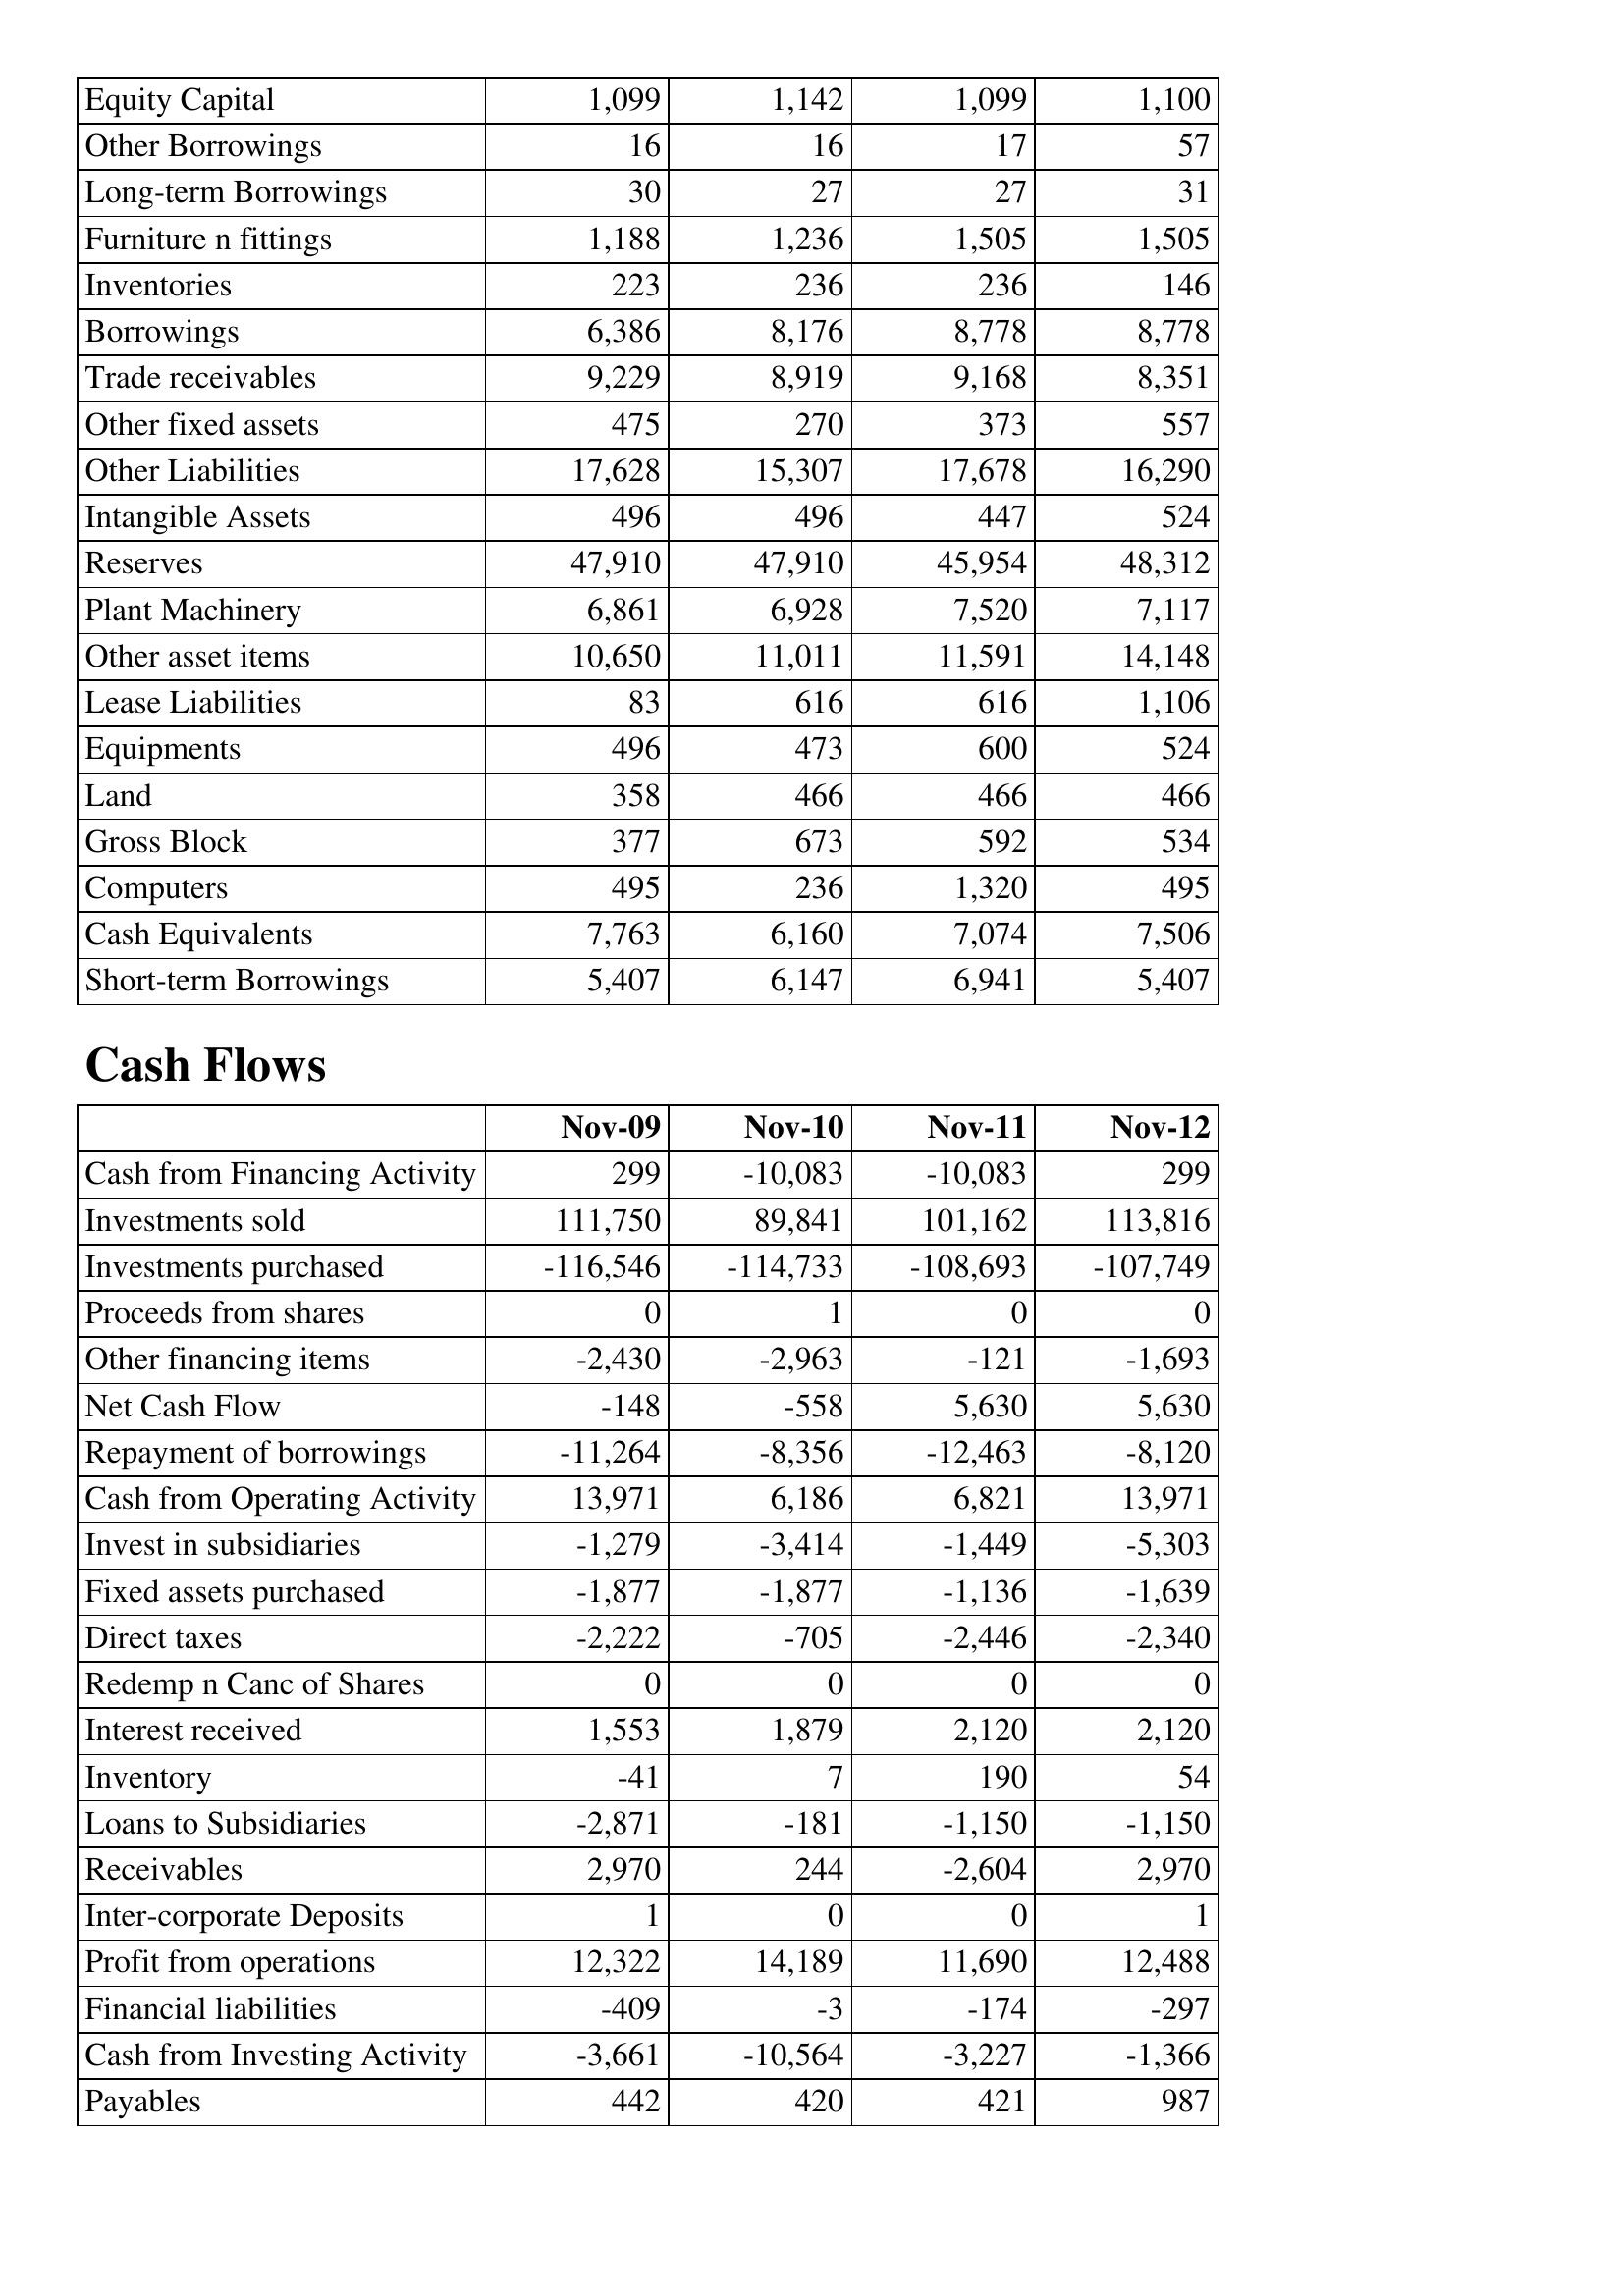
Nov-09: Balance Sheet: Equity Capital: 1,099
Other Borrowings: 16
Long-term Borrowings: 30
Furniture n fittings: 1,188
Inventories: 223
Borrowings: 6,386
Trade receivables: 9,229
Other fixed assets: 475
Other Liabilities: 17,628
Intangible Assets: 496
Reserves: 47,910
Plant Machinery: 6,861
Other asset items: 10,650
Lease Liabilities: 83
Equipments: 496
Land: 358
Gross Block: 377
Computers: 495
Cash Equivalents: 7,763
Short-term Borrowings: 5,407
Cash Flows: Cash from Financing Activity: 299
Investments sold: 111,750
Investments purchased: -116,546
Proceeds from shares: 0
Other financing items: -2,430
Net Cash Flow: -148
Repayment of borrowings: -11,264
Cash from Operating Activity: 13,971
Invest in subsidiaries: -1,279
Fixed assets purchased: -1,877
Direct taxes: -2,222
Redemp n Canc of Shares: 0
Interest received: 1,553
Inventory: -41
Loans to Subsidiaries: -2,871
Receivables: 2,970
Inter-corporate Deposits: 1
Profit from operations: 12,322
Financial liabilities: -409
Cash from Investing Activity: -3,661
Payables: 442
Nov-10: Balance Sheet: Equity Capital: 1,142
Other Borrowings: 16
Long-term Borrowings: 27
Furniture n fittings: 1,236
Inventories: 236
Borrowings: 8,176
Trade receivables: 8,919
Other fixed assets: 270
Other Liabilities: 15,307
Intangible Assets: 496
Reserves: 47,910
Plant Machinery: 6,928
Other asset items: 11,011
Lease Liabilities: 616
Equipments: 473
Land: 466
Gross Block: 673
Computers: 236
Cash Equivalents: 6,160
Short-term Borrowings: 6,147
Cash Flows: Cash from Financing Activity: -10,083
Investments sold: 89,841
Investments purchased: -114,733
Proceeds from shares: 1
Other financing items: -2,963
Net Cash Flow: -558
Repayment of borrowings: -8,356
Cash from Operating Activity: 6,186
Invest in subsidiaries: -3,414
Fixed assets purchased: -1,877
Direct taxes: -705
Redemp n Canc of Shares: 0
Interest received: 1,879
Inventory: 7
Loans to Subsidiaries: -181
Receivables: 244
Inter-corporate Deposits: 0
Profit from operations: 14,189
Financial liabilities: -3
Cash from Investing Activity: -10,564
Payables: 420
Nov-11: Balance Sheet: Equity Capital: 1,099
Other Borrowings: 17
Long-term Borrowings: 27
Furniture n fittings: 1,505
Inventories: 236
Borrowings: 8,778
Trade receivables: 9,168
Other fixed assets: 373
Other Liabilities: 17,678
Intangible Assets: 447
Reserves: 45,954
Plant Machinery: 7,520
Other asset items: 11,591
Lease Liabilities: 616
Equipments: 600
Land: 466
Gross Block: 592
Computers: 1,320
Cash Equivalents: 7,074
Short-term Borrowings: 6,941
Cash Flows: Cash from Financing Activity: -10,083
Investments sold: 101,162
Investments purchased: -108,693
Proceeds from shares: 0
Other financing items: -121
Net Cash Flow: 5,630
Repayment of borrowings: -12,463
Cash from Operating Activity: 6,821
Invest in subsidiaries: -1,449
Fixed assets purchased: -1,136
Direct taxes: -2,446
Redemp n Canc of Shares: 0
Interest received: 2,120
Inventory: 190
Loans to Subsidiaries: -1,150
Receivables: -2,604
Inter-corporate Deposits: 0
Profit from operations: 11,690
Financial liabilities: -174
Cash from Investing Activity: -3,227
Payables: 421
Nov-12: Balance Sheet: Equity Capital: 1,100
Other Borrowings: 57
Long-term Borrowings: 31
Furniture n fittings: 1,505
Inventories: 146
Borrowings: 8,778
Trade receivables: 8,351
Other fixed assets: 557
Other Liabilities: 16,290
Intangible Assets: 524
Reserves: 48,312
Plant Machinery: 7,117
Other asset items: 14,148
Lease Liabilities: 1,106
Equipments: 524
Land: 466
Gross Block: 534
Computers: 495
Cash Equivalents: 7,506
Short-term Borrowings: 5,407
Cash Flows: Cash from Financing Activity: 299
Investments sold: 113,816
Investments purchased: -107,749
Proceeds from shares: 0
Other financing items: -1,693
Net Cash Flow: 5,630
Repayment of borrowings: -8,120
Cash from Operating Activity: 13,971
Invest in subsidiaries: -5,303
Fixed assets purchased: -1,639
Direct taxes: -2,340
Redemp n Canc of Shares: 0
Interest received: 2,120
Inventory: 54
Loans to Subsidiaries: -1,150
Receivables: 2,970
Inter-corporate Deposits: 1
Profit from operations: 12,488
Financial liabilities: -297
Cash from Investing Activity: -1,366
Payables: 987